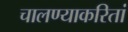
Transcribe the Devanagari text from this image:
चालण्याकरितां